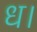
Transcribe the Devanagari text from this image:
ध।